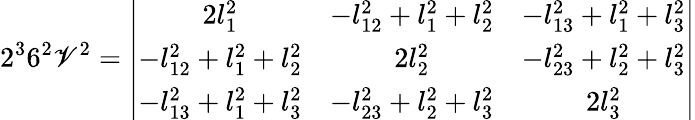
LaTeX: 2^{3}6^{2}\mathscr{V}^{2}=\left|\begin{array}{ccc}{{2l_{1}^{2}}}&{{-l_{12}^{2}+l_{1}^{2}+l_{2}^{2}}}&{{-l_{13}^{2}+l_{1}^{2}+l_{3}^{2}}}\\ {{-l_{12}^{2}+l_{1}^{2}+l_{2}^{2}}}&{{2l_{2}^{2}}}&{{-l_{23}^{2}+l_{2}^{2}+l_{3}^{2}}}\\ {{-l_{13}^{2}+l_{1}^{2}+l_{3}^{2}}}&{{-l_{23}^{2}+l_{2}^{2}+l_{3}^{2}}}&{{2l_{3}^{2}}}\end{array}\right|